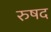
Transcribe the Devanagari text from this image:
रुषद